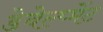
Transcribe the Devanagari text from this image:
डेवेल्प्मेंट